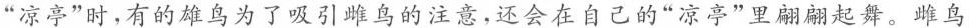
”凉亭”时，有的雄鸟为了吸引雌鸟的注意，还会在自己的”凉亭”里翩翩起舞。雌鸟